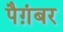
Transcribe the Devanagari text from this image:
पैग़ंबर